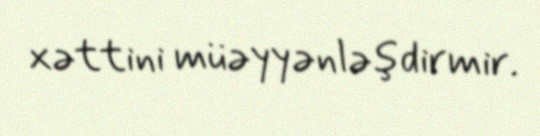
xəttini müəyyənləşdirmir.